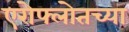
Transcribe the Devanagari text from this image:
एरोफ्लोतच्या